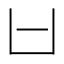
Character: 𠙵